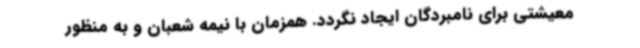
معیشتی برای نامبردگان ایجاد نگردد. همزمان با نیمه شعبان و به منظور